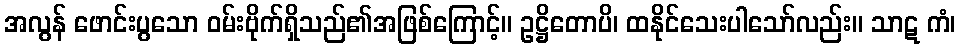
အလွန် ဖောင်းပွသော ဝမ်းဗိုက်ရှိသည်၏အဖြစ်ကြောင့်။ ဥဋ္ဌိတောပိ၊ ထနိုင်သေးပါသော်လည်း။ သာဋ ကံ၊